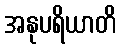
အနုပရိယာတိ